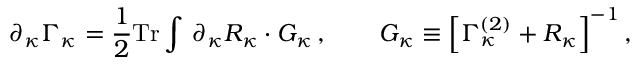
\partial _ { \kappa } \Gamma _ { \kappa } = \frac 1 2 \mathrm { T r } \int \, \partial _ { \kappa } { \cal R } _ { \kappa } \cdot G _ { \kappa } \, , \qquad G _ { \kappa } \equiv \Big [ \Gamma _ { \kappa } ^ { ( 2 ) } + { \cal R } _ { \kappa } \Big ] ^ { - 1 } \, ,